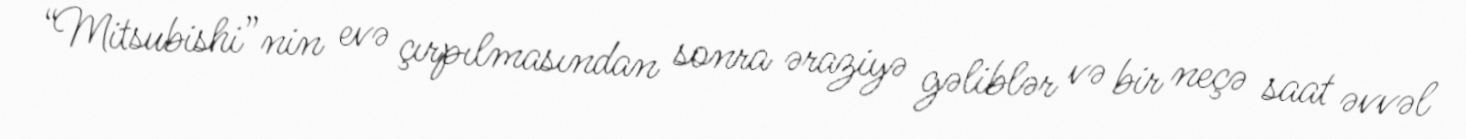
“Mitsubishi”nin evə çırpılmasından sonra əraziyə gəliblər və bir neçə saat əvvəl